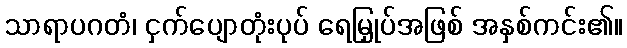
သာရာပဂတံ၊ ငှက်ပျောတုံးပုပ် ရေမြှုပ်အဖြစ် အနှစ်ကင်း၏။